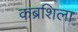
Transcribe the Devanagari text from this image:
कब्रशिला